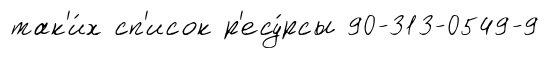
так'и́х сп'исок р'есу́рсы 90-313-0549-9